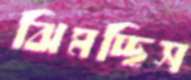
ঝিমচ্ছিস